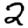
Digit: 2